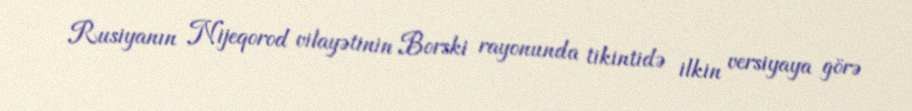
Rusiyanın Nijeqorod vilayətinin Borski rayonunda tikintidə ilkin versiyaya görə